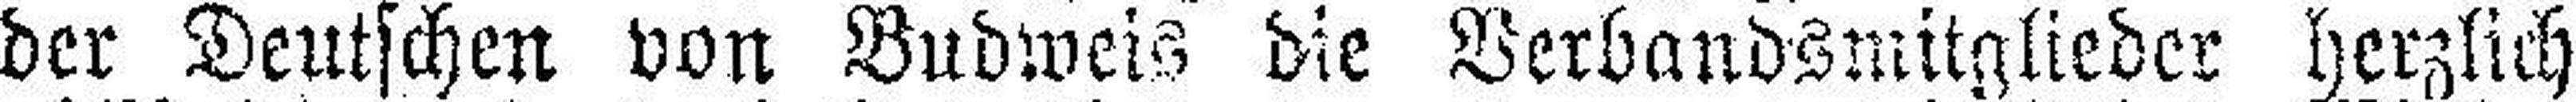
der Deutschen von Budweis die Verbandsmitglieder herzlich